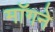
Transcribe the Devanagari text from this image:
माॅगने